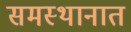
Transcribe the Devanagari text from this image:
समस्थानात